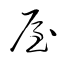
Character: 屋